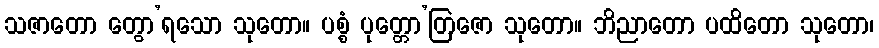
သဇာတော တွော’ရသော သုတော။ ပစ္စံ ပုတ္တော’တြဇော သုတော။ ဘိညာတော ပထိတော သုတော၊